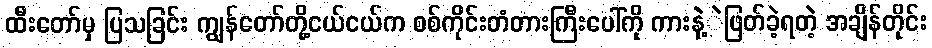
ထီးတော်မှ ပြသခြင်း ကျွန်တော်တို့ငယ်ငယ်က စစ်ကိုင်းတံတားကြီးပေါ်ကို ကားနဲ့ဲဖြတ်ခဲ့ရတဲ့ အချိန်တိုင်း